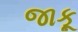
જાકૂ